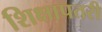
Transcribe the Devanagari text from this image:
शिक्षापतरी